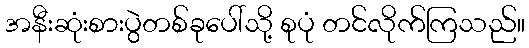
အနီးဆုံးစားပွဲတစ်ခုပေါ်သို့ စုပုံ တင်လိုက်ကြသည်။